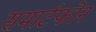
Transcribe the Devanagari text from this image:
समार्टफोन